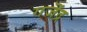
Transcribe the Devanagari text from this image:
गजॆंद्र